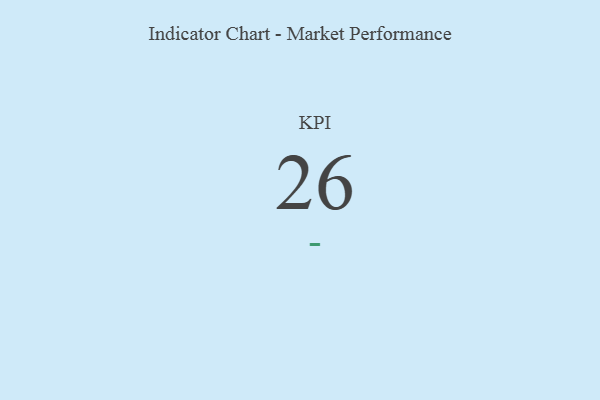
{"axis": {"x": "KPI", "y": "Value"}, "legend": [""], "data": [{"x": "KPI", "y": 26, "type": ""}]}